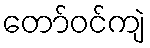
တော်ဝင်ကျဲ